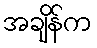
အချိန်က